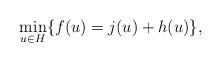
LaTeX: \begin{align*} \min_{u \in H} \{f(u) = j(u) + h(u) \},\end{align*}